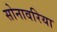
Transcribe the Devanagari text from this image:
सोनावरिया